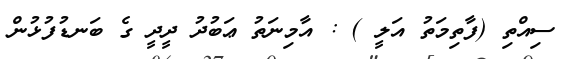
ސިއްތި (ފާތިމަތު އަލީ ) : އާމިނަތު ޢަބުދު ދީދީ ގެ ބަނޑުފުޅުން